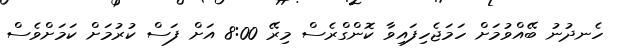
ހެނދުނު ބޭއްވުމަށް ހަމަޖެހިފައިވާ ކޮންގްރެސް މިރޭ 8:00 އަށް ފަސް ކުރުމަށް ކަމަށްވެސް